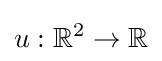
u:\mathbb {R} ^{2}\rightarrow \mathbb {R}